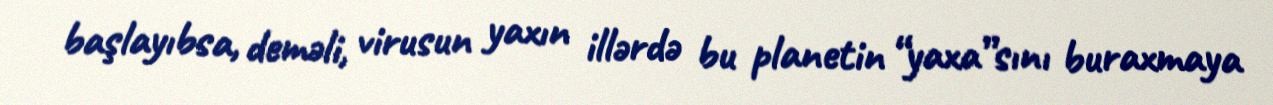
başlayıbsa, deməli, virusun yaxın illərdə bu planetin “yaxa”sını buraxmaya